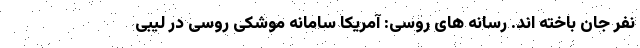
نفر جان باخته اند. رسانه های روسی: آمریکا سامانه موشکی روسی در لیبی